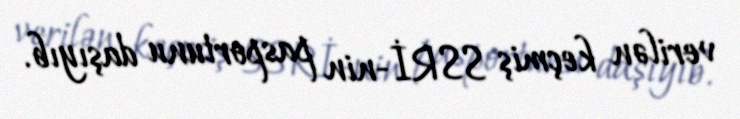
verilən keçmiş SSRİ-nin pasportunu daşıyıb.